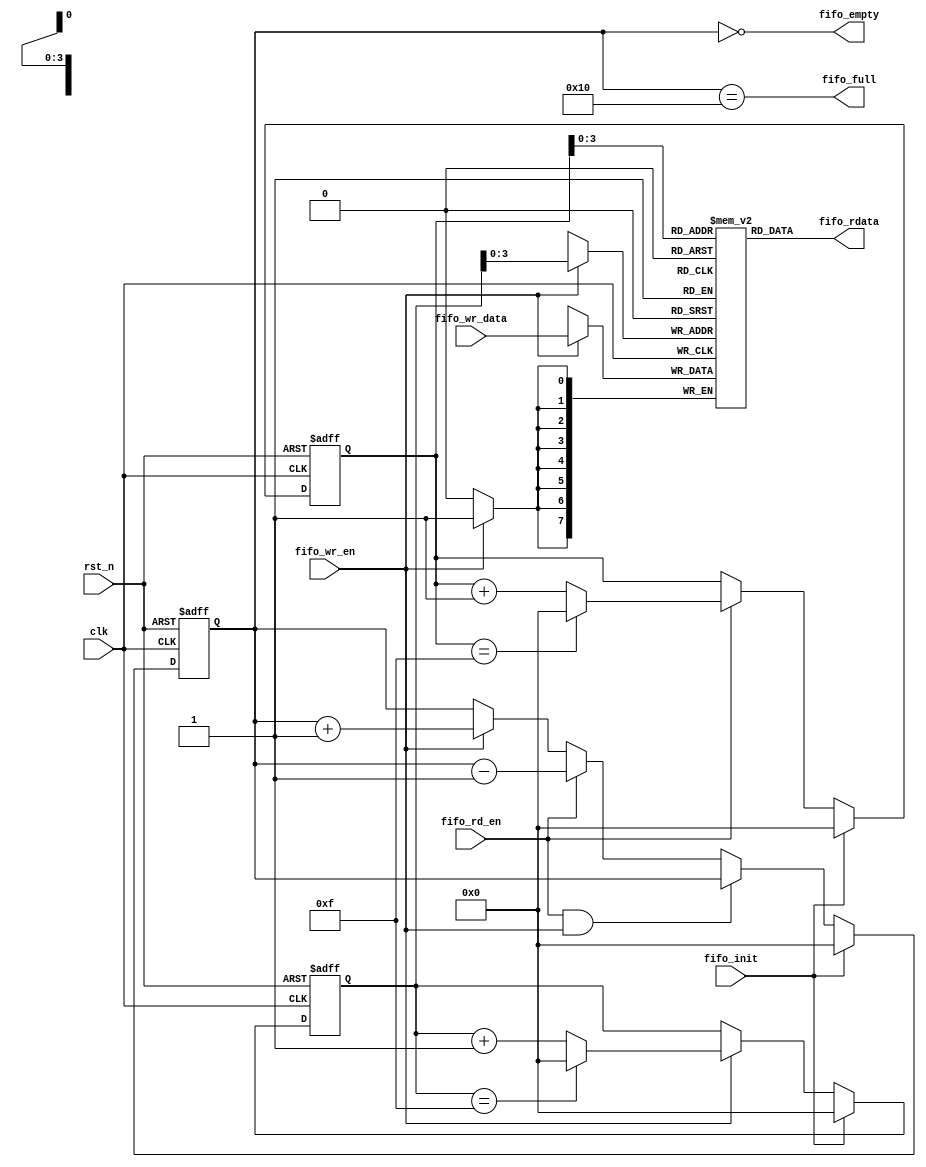
//Module: Generic FIFO
//Revision: 1.0
`default_nettype none

module fifo#(
  parameter DATA_W = 8,
  parameter FIFO_DEPTH = 16,
  parameter FIFO_DEPTHLOG2 = 5
)
(
  input  wire                 clk,
  input  wire                 rst_n,

  input  wire                 fifo_init,

  input  wire                 fifo_wr_en,
  input  wire [DATA_W-1:0]    fifo_wr_data,

  output wire                 fifo_empty,
  output wire                 fifo_full,
  input  wire                 fifo_rd_en,
  output wire [DATA_W-1:0]    fifo_rdata

);

  reg [FIFO_DEPTHLOG2-1:0] reg_wr_ptr;
  reg [FIFO_DEPTHLOG2-1:0] reg_rd_ptr;
  reg [FIFO_DEPTHLOG2-1:0] reg_fifo_space_used;
  reg [DATA_W-1:0]         reg_fifo_bank[0:FIFO_DEPTH-1];



  always@(posedge clk or negedge rst_n) begin
    if (rst_n == 1'b0) begin
      reg_wr_ptr <= {(FIFO_DEPTHLOG2){1'b0}}; 
      reg_rd_ptr <= {(FIFO_DEPTHLOG2){1'b0}}; 
      reg_fifo_space_used <= {(FIFO_DEPTHLOG2){1'b0}}; 
    end else begin
      if(fifo_wr_en) begin
        if(reg_wr_ptr == FIFO_DEPTH - 1)
          reg_wr_ptr <= {(FIFO_DEPTHLOG2){1'b0}}; 
        else
          reg_wr_ptr <= reg_wr_ptr + 1'b1;
        reg_fifo_space_used <= reg_fifo_space_used + 1'b1 ;
      end
      if(fifo_rd_en) begin
        if(reg_rd_ptr == FIFO_DEPTH - 1 )
          reg_rd_ptr <= {(FIFO_DEPTHLOG2){1'b0}}; 
        else
          reg_rd_ptr <= reg_rd_ptr + 1'b1;
        reg_fifo_space_used <= reg_fifo_space_used - 1'b1 ;
      end
      if(fifo_rd_en && fifo_wr_en) begin
        reg_fifo_space_used <= reg_fifo_space_used;
      end
      if(fifo_init) begin
        reg_wr_ptr <= {(FIFO_DEPTHLOG2){1'b0}}; 
        reg_rd_ptr <= {(FIFO_DEPTHLOG2){1'b0}}; 
        reg_fifo_space_used <= {(FIFO_DEPTHLOG2){1'b0}}; 
      end
    end
  end

  always@(posedge clk) begin
    if(fifo_wr_en)
      reg_fifo_bank[reg_wr_ptr] <= fifo_wr_data;
  end


  assign fifo_rdata   = reg_fifo_bank[reg_rd_ptr];
  assign fifo_full    = (reg_fifo_space_used == FIFO_DEPTH);
  assign fifo_empty   = (reg_fifo_space_used == 'd0);

endmodule